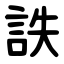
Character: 詄